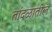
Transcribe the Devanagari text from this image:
तांदळातील